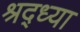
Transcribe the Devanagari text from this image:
श्रद्ध्या